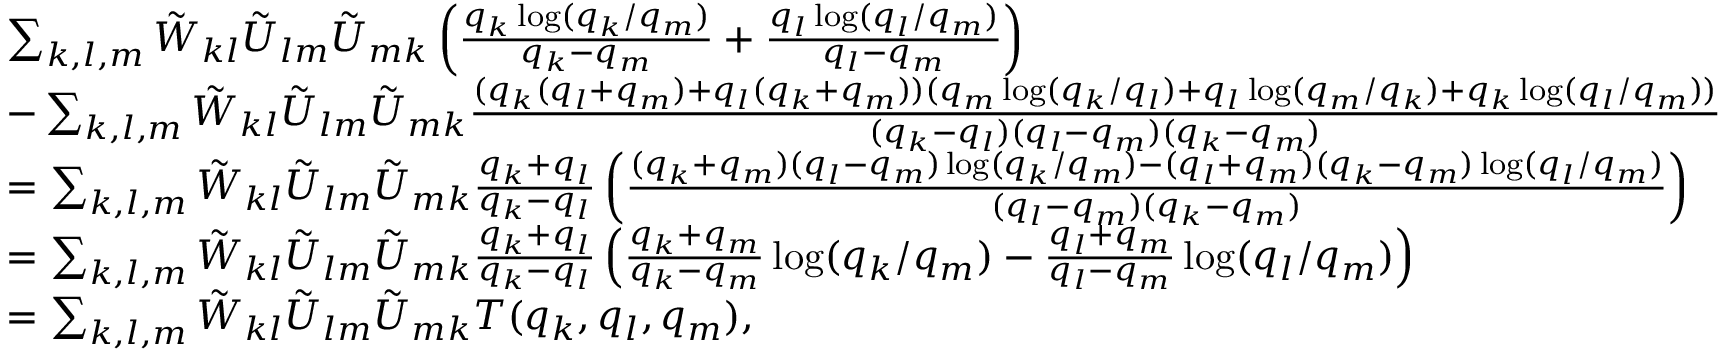
\begin{array} { r l } & { \sum _ { k , l , m } \tilde { W } _ { k l } \tilde { U } _ { l m } \tilde { U } _ { m k } \left( \frac { q _ { k } \log ( q _ { k } / q _ { m } ) } { q _ { k } - q _ { m } } + \frac { q _ { l } \log ( q _ { l } / q _ { m } ) } { q _ { l } - q _ { m } } \right) } \\ & { - \sum _ { k , l , m } \tilde { W } _ { k l } \tilde { U } _ { l m } \tilde { U } _ { m k } \frac { ( q _ { k } ( q _ { l } + q _ { m } ) + q _ { l } ( q _ { k } + q _ { m } ) ) ( q _ { m } \log ( q _ { k } / q _ { l } ) + q _ { l } \log ( q _ { m } / q _ { k } ) + q _ { k } \log ( q _ { l } / q _ { m } ) ) } { ( q _ { k } - q _ { l } ) ( q _ { l } - q _ { m } ) ( q _ { k } - q _ { m } ) } } \\ & { = \sum _ { k , l , m } \tilde { W } _ { k l } \tilde { U } _ { l m } \tilde { U } _ { m k } \frac { q _ { k } + q _ { l } } { q _ { k } - q _ { l } } \left( \frac { ( q _ { k } + q _ { m } ) ( q _ { l } - q _ { m } ) \log ( q _ { k } / q _ { m } ) - ( q _ { l } + q _ { m } ) ( q _ { k } - q _ { m } ) \log ( q _ { l } / q _ { m } ) } { ( q _ { l } - q _ { m } ) ( q _ { k } - q _ { m } ) } \right) } \\ & { = \sum _ { k , l , m } \tilde { W } _ { k l } \tilde { U } _ { l m } \tilde { U } _ { m k } \frac { q _ { k } + q _ { l } } { q _ { k } - q _ { l } } \left( \frac { q _ { k } + q _ { m } } { q _ { k } - q _ { m } } \log ( q _ { k } / q _ { m } ) - \frac { q _ { l } + q _ { m } } { q _ { l } - q _ { m } } \log ( q _ { l } / q _ { m } ) \right) } \\ & { = \sum _ { k , l , m } \tilde { W } _ { k l } \tilde { U } _ { l m } \tilde { U } _ { m k } T ( q _ { k } , q _ { l } , q _ { m } ) , } \end{array}